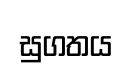
සුගතය